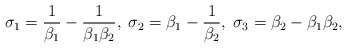
\begin{align*}\sigma_{1}=\frac{1}{\beta_{1}}-\frac{1}{\beta_{1}\beta_{2}},\; \sigma_{2}=\beta_{1}-\frac{1}{\beta_{2}},\; \sigma_{3}=\beta_{2}-\beta_{1}\beta_{2},\end{align*}